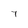
Character: 7